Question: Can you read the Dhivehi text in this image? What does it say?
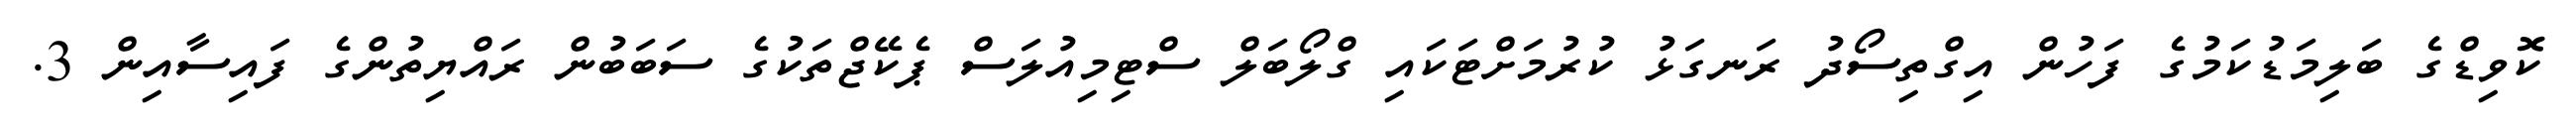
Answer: ކޮވިޑްގެ ބަލިމަޑުކަމުގެ ފަހުން އިގްތިސޯދު ރަނގަޅު ކުރުމަށްޓަކައި ގްލޯބަލް ސްޓިމިއުލަސް ޕެކޭޖްތަކުގެ ސަބަބުން ރައްޔިތުންގެ ފައިސާއިން 3.